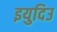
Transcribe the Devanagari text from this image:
इयुदिउ